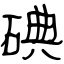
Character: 碘